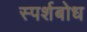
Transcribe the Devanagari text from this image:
स्पर्शबोध